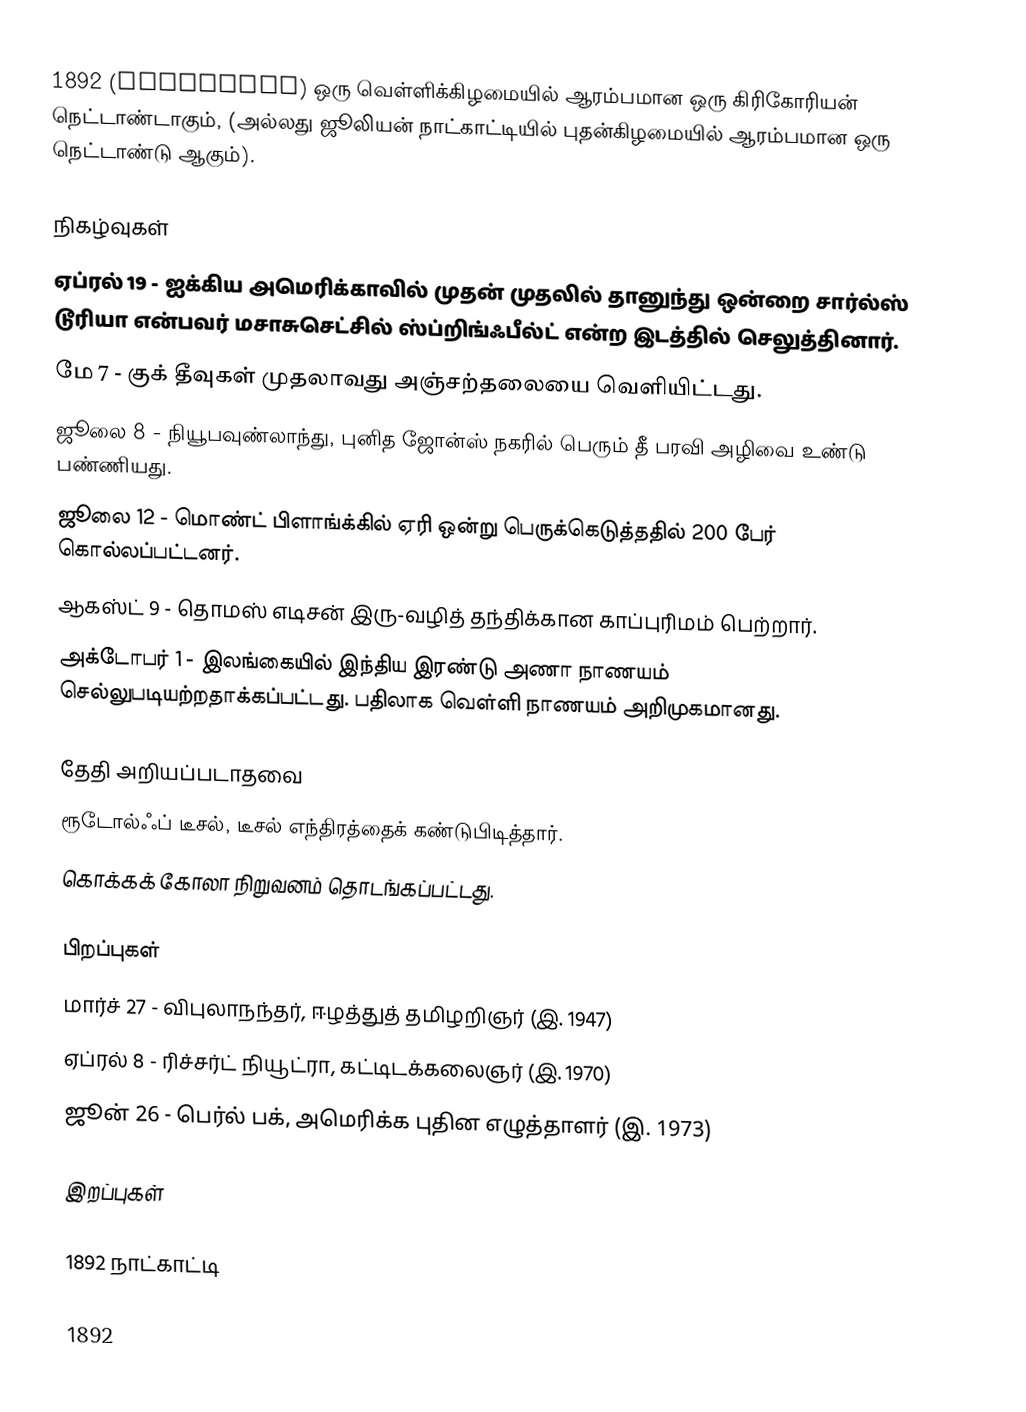
1892  (MDCCCXCII) ஒரு வெள்ளிக்கிழமையில் ஆரம்பமான ஒரு கிரிகோரியன் நெட்டாண்டாகும், (அல்லது ஜூலியன் நாட்காட்டியில் புதன்கிழமையில் ஆரம்பமான ஒரு நெட்டாண்டு ஆகும்).

நிகழ்வுகள்
 ஏப்ரல் 19 - ஐக்கிய அமெரிக்காவில் முதன் முதலில் தானுந்து ஒன்றை சார்ல்ஸ் டூரியா என்பவர் மசாசுசெட்சில் ஸ்ப்றிங்ஃபீல்ட் என்ற இடத்தில் செலுத்தினார்.
 மே 7 - குக் தீவுகள் முதலாவது அஞ்சற்தலையை வெளியிட்டது.
 ஜூலை 8 - நியூபவுண்லாந்து, புனித ஜோன்ஸ் நகரில் பெரும் தீ பரவி அழிவை உண்டு பண்ணியது.
 ஜூலை 12 - மொண்ட் பிளாங்க்கில் ஏரி ஒன்று பெருக்கெடுத்ததில் 200 பேர் கொல்லப்பட்டனர்.
 ஆகஸ்ட் 9 - தொமஸ் எடிசன் இரு-வழித் தந்திக்கான காப்புரிமம் பெற்றார்.
 அக்டோபர் 1 - இலங்கையில் இந்திய இரண்டு அணா நாணயம் செல்லுபடியற்றதாக்கப்பட்டது. பதிலாக வெள்ளி நாணயம் அறிமுகமானது.

தேதி அறியப்படாதவை
 ரூடோல்ஃப் டீசல், டீசல் எந்திரத்தைக் கண்டுபிடித்தார்.
 கொக்கக் கோலா நிறுவனம் தொடங்கப்பட்டது.

பிறப்புகள்
 மார்ச் 27 - விபுலாநந்தர், ஈழத்துத் தமிழறிஞர் (இ. 1947)
 ஏப்ரல் 8 - ரிச்சர்ட் நியூட்ரா, கட்டிடக்கலைஞர் (இ. 1970)
 ஜூன் 26 - பெர்ல் பக், அமெரிக்க புதின எழுத்தாளர் (இ. 1973)

இறப்புகள்

1892 நாட்காட்டி

1892